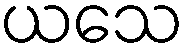
ယသေ